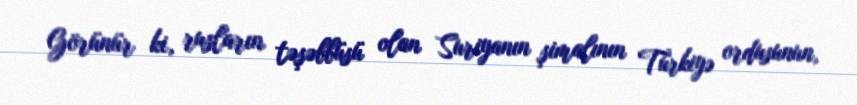
Görünür ki, rusların təşəbbüsü olan Suriyanın şimalının Türkiyə ordusunun,